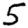
Digit: 5